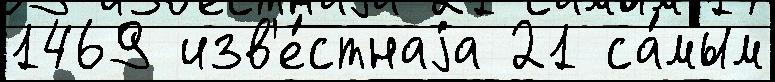
1469 изв'е́стнаjа 21 са́мым